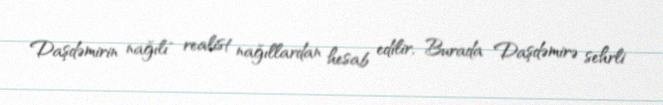
Daşdəmirin nağılı" realist nağıllardan hesab edilir, Burada Daşdəmirə sehrli